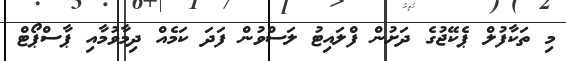
މި ތަކާފުލް ޕެކޭޖުގެ ދަށުން ފްލައިޓު ލަސްވުން ފަދަ ކަމެއް ދިމާވުމާއި ޕާސްޕޯޓް